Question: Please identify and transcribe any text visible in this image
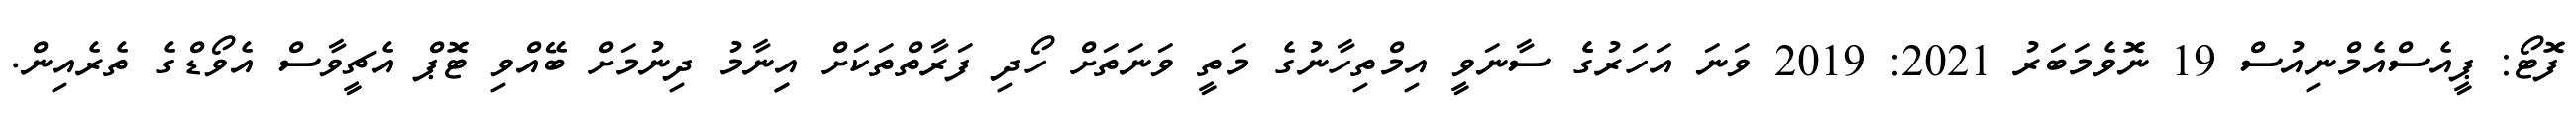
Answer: ފޮޓޯ: ޕީއެސްއެމްނިއުސް 19 ނޮވެމަބަރު 2021: 2019 ވަނަ އަހަރުގެެ ސާނަވީ އިމްތިހާނުގެ މަތީ ވަނަތަށް ހޯދި ފަރާތްތަކަށް އިިނާމު ދިނުމަށް ބޭއްވި ޓޮޕް އެޗީވާސް އެވޯޑްގެ ތެރެއިން.